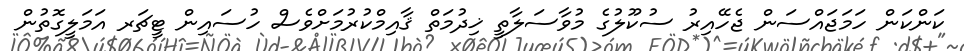
ކަންކަން ހަމަޖައްސަން ޖެހޭއިރު ސުކޫލުގެ މުވާސަލާތީ ޚިދުމަތް ޤާއިމްކުރުމަށްވެސް ހުސައިން ޓީޗަރ އަމަލީގޮތުން